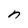
Character: n